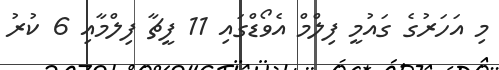
މި އަހަރުގެ ގައުމީ ފިލްމް އެވޯޑްގައި 11 ފީޗާ ފިލްމާއި 6 ކުރު